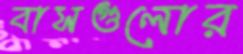
বাসগুলোর